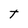
Character: t